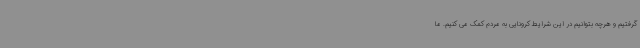
گرفتیم و هرچه بتوانیم در این شرایط کرونایی به مردم کمک می کنیم. ما